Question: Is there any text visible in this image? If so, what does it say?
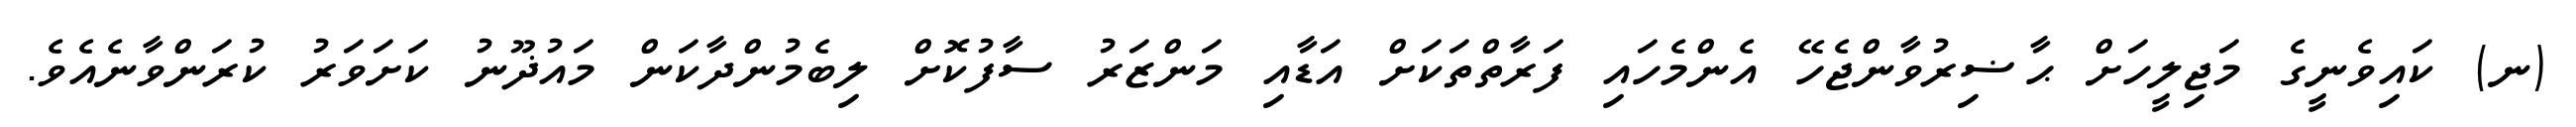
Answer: (ނ) ކައިވެނީގެ މަޖިލީހަށް ޙާޟިރުވާންޖެހޭ އެންމެހައި ފަރާތްތަކަށް އަޑާއި މަންޒަރު ސާފުކޮށް ލިބެމުންދާކަން މައުޛޫނު ކަށަވަރު ކުރަންވާނެއެވެ.